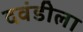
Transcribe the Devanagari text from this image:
दवंडीला